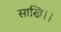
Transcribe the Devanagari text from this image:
साखि।।